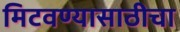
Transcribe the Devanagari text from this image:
मिटवण्यासाठीचा